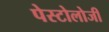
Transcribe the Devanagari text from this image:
पेस्टोलोजी